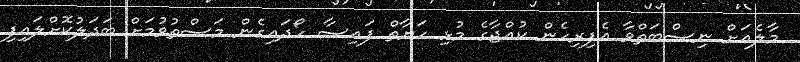
މާލެއަށް ނިސްބަތްވާ އެފިރިހެން ކުއްޖާގެ މުޅި ހަޔާތް ފައިސާ ހޯދައިގެން މަސްތުވުމަށް ބަދަލުކޮށްލައިފި